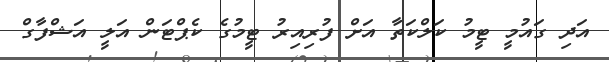
އަދި ގައުމީ ޓީމު ކަލްކަތާ އަށް ފުރިއިރު ޓީމުގެ ކެޕްޓަން އަލީ އަޝްފާގް